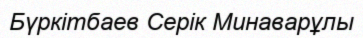
Бүркітбаев Серік Минаварұлы